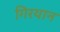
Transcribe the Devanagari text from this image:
गिरयान